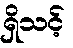
ရှိသင့်